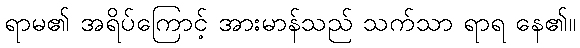
ရာမ၏ အရိပ်ကြောင့် အားမာန်သည် သက်သာ ရာရ နေ၏။